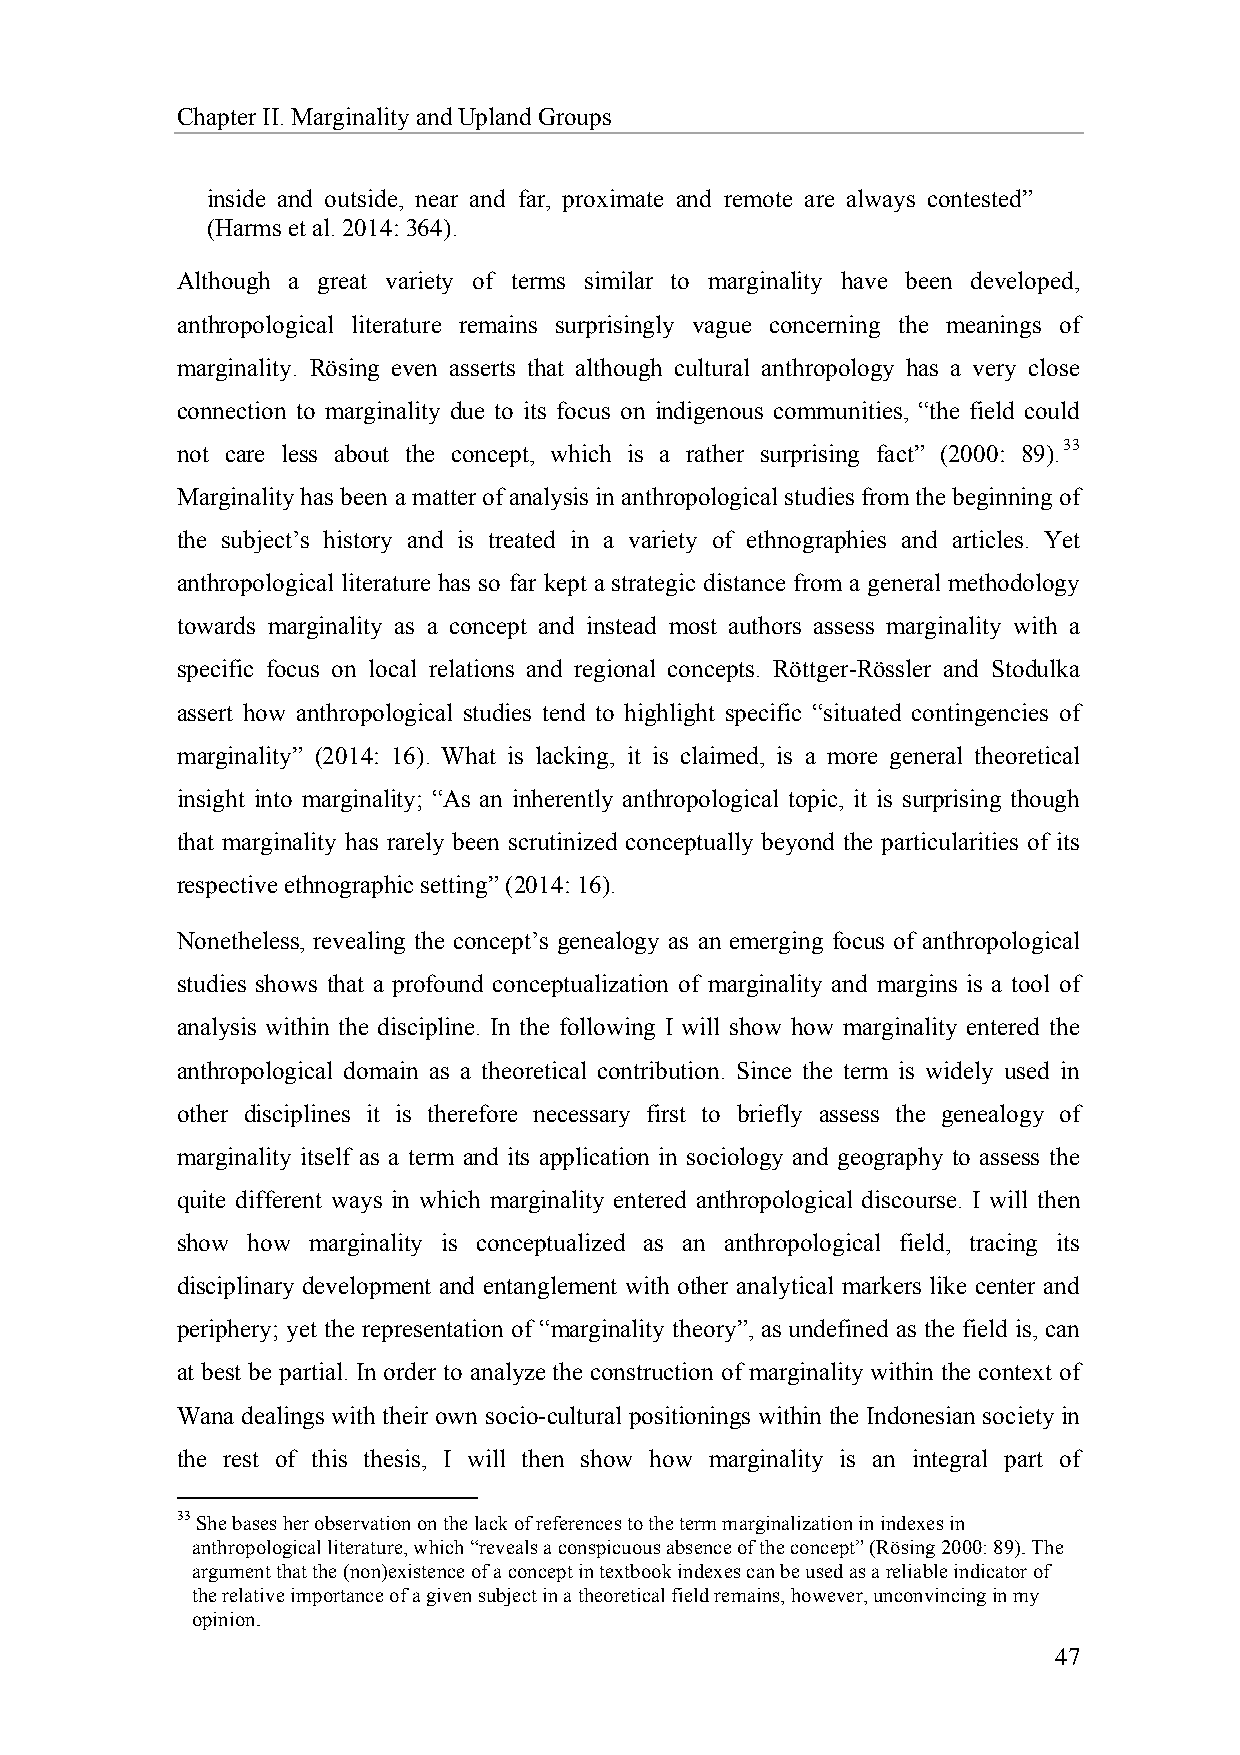
Chapter II. Marginality and Upland Groups
 inside and outside, near and far, proximate and remote are always contested”
 (Harms et al. 2014: 364).
 Although a great variety of terms similar to marginality have been developed,
 anthropological literature remains surprisingly vague concerning the meanings of
 marginality. Rösing even asserts that although cultural anthropology has a very close
 connection to marginality due to its focus on indigenous communities, “the field could
 not care less about the concept, which is a rather surprising fact” (2000: 89).33
 Marginality has been a matter of analysis in anthropological studies from the beginning of
 the subject’s history and is treated in a variety of ethnographies and articles. Yet
 anthropological literature has so far kept a strategic distance from a general methodology
 towards marginality as a concept and instead most authors assess marginality with a
 specific focus on local relations and regional concepts. Röttger-Rössler and Stodulka
 assert how anthropological studies tend to highlight specific “situated contingencies of
 marginality” (2014: 16). What is lacking, it is claimed, is a more general theoretical
 insight into marginality; “As an inherently anthropological topic, it is surprising though
 that marginality has rarely been scrutinized conceptually beyond the particularities of its
 respective ethnographic setting” (2014: 16).
 Nonetheless, revealing the concept’s genealogy as an emerging focus of anthropological
 studies shows that a profound conceptualization of marginality and margins is a tool of
 analysis within the discipline. In the following I will show how marginality entered the
 anthropological domain as a theoretical contribution. Since the term is widely used in
 other disciplines it is therefore necessary first to briefly assess the genealogy of
 marginality itself as a term and its application in sociology and geography to assess the
 quite different ways in which marginality entered anthropological discourse. I will then
 show how marginality is conceptualized as an anthropological field, tracing its
 disciplinary development and entanglement with other analytical markers like center and
 periphery; yet the representation of “marginality theory”, as undefined as the field is, can
 at best be partial. In order to analyze the construction of marginality within the context of
 Wana dealings with their own socio-cultural positionings within the Indonesian society in
 the rest of this thesis, I will then show how marginality is an integral part of
 33 She bases her observation on the lack of references to the term marginalization in indexes in
 anthropological literature, which “reveals a conspicuous absence of the concept” (Rösing 2000: 89). The
 argument that the (non)existence of a concept in textbook indexes can be used as a reliable indicator of
 the relative importance of a given subject in a theoretical field remains, however, unconvincing in my
 opinion.
 47